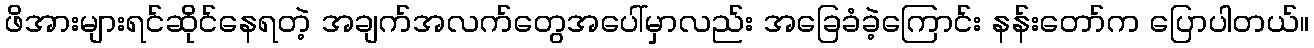
ဖိအားများရင်ဆိုင်နေရတဲ့ အချက်အလက်တွေအပေါ်မှာလည်း အခြေခံခဲ့ကြောင်း နန်းတော်က ပြောပါတယ်။